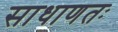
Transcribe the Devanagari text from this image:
साधाणतः